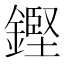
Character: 鏗